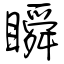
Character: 瞬